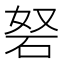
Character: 砮